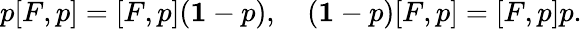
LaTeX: p[F,p]=[F,p]({\mathbf 1}-p),\quad({\mathbf 1}-p)[F,p]=[F,p]p.